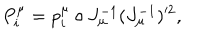
P _ { i } ^ { \mu } = p _ { i } ^ { \mu } \circ J _ { \mu } ^ { - 1 } ( J _ { \mu } ^ { - 1 } ) ^ { 2 } ,